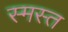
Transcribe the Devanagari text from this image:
स्मस्त